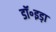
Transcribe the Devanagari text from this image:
डॉ॰इड़ा